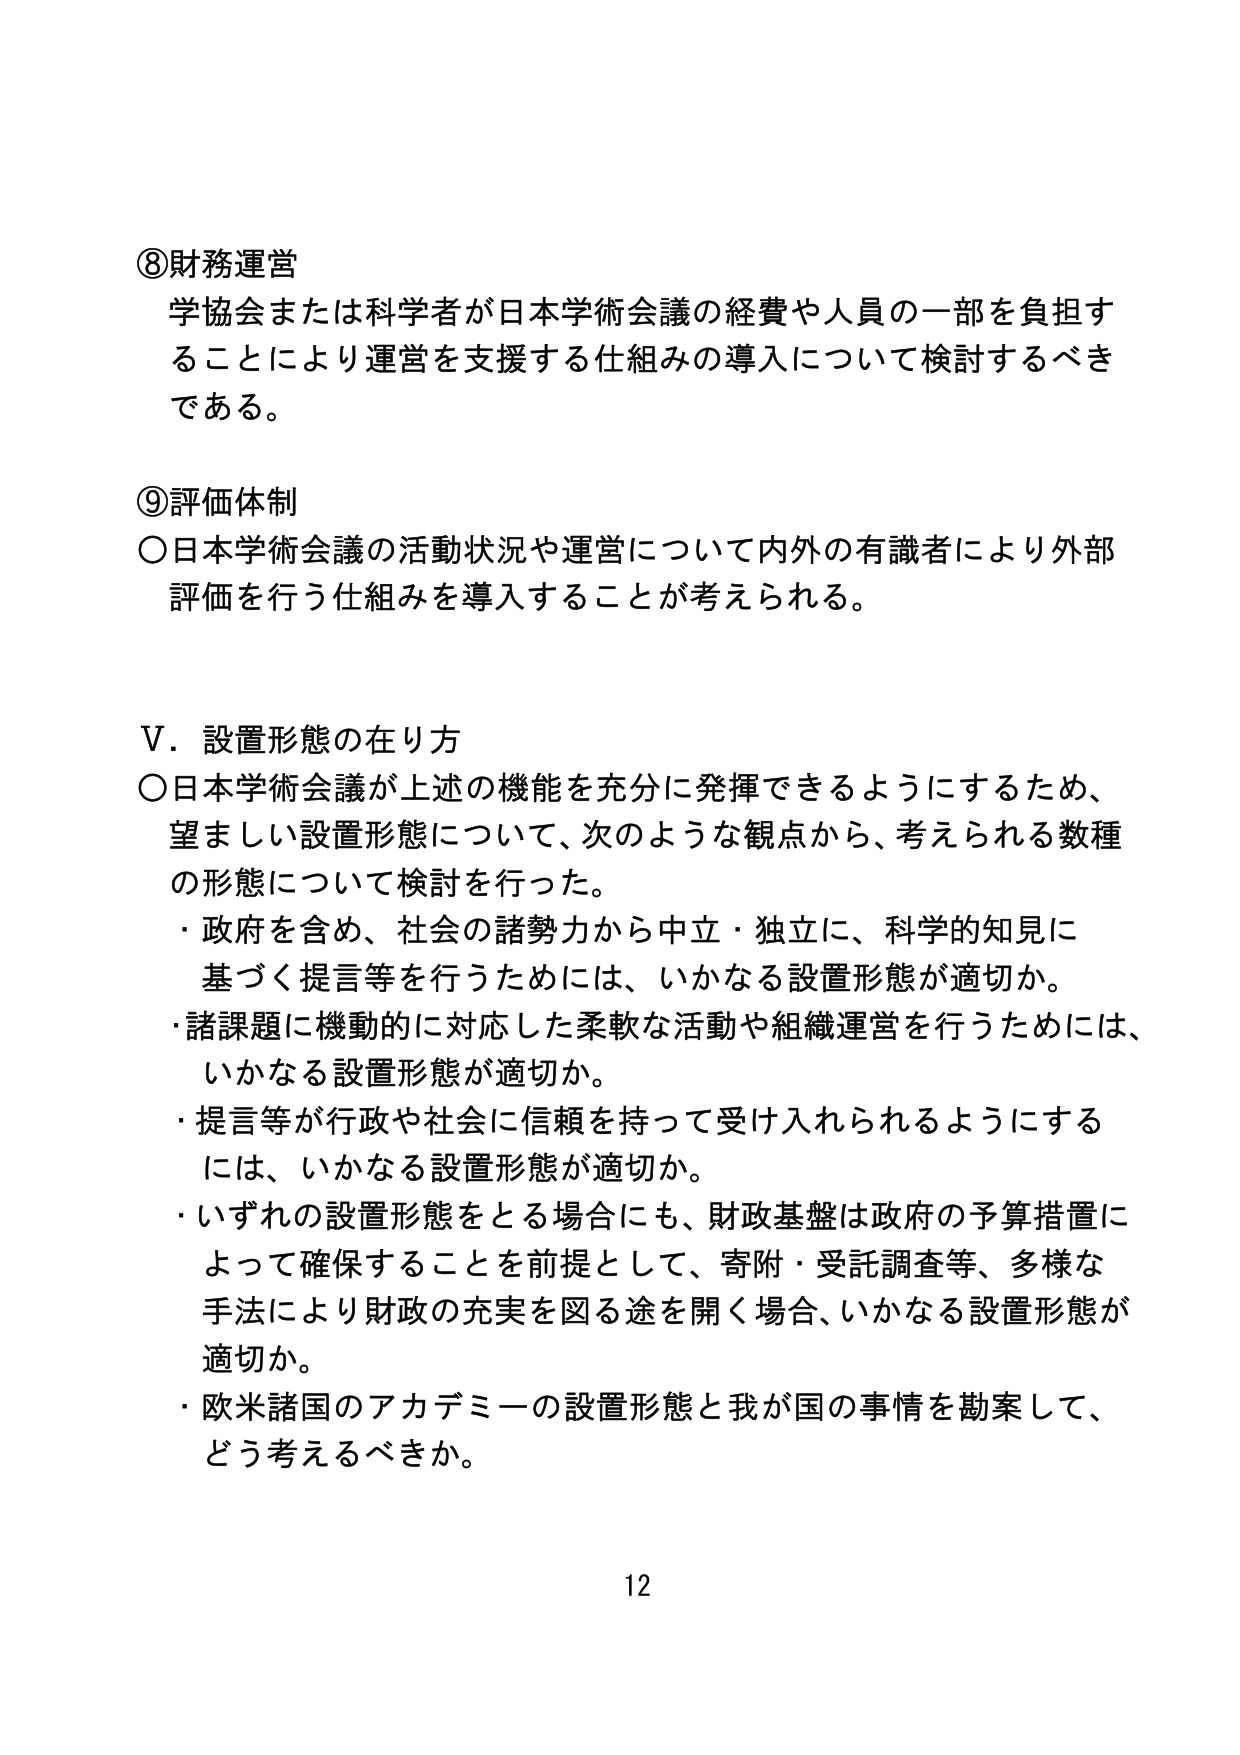
⑧財務運営
学協会または科学者が日本学術会議の経費や人員の一部を負担することにより運営を支援する仕組みの導入について検討するべきである。

⑨評価体制
○日本学術会議の活動状況や運営について内外の有識者により外部評価を行う仕組みを導入することが考えられる。

V．設置形態の在り方
○日本学術会議が上述の機能を充分に発揮できるようにするため、望ましい設置形態について、次のような観点から、考えられる数種の形態について検討を行った。
・政府を含め、社会の諸勢力から中立・独立に、科学的知見に基づく提言等を行うためには、いかなる設置形態が適切か。
・諸課題に機動的に対応した柔軟な活動や組織運営を行うためには、いかなる設置形態が適切か。
・提言等が行政や社会に信頼を持って受け入れられるようにするには、いかなる設置形態が適切か。
・いずれの設置形態をとる場合にも、財政基盤は政府の予算措置によって確保することを前提として、寄附・受託調査等、多様な手法により財政の充実を図る途を開く場合、いかなる設置形態が適切か。
・欧米諸国のアカデミーの設置形態と我が国の事情を勘案して、どう考えるべきか。

12